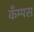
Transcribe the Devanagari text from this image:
कँम्पस